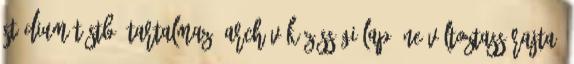
stádiumát stb. tartalmazó archív közösségi lap. Ne változtass rajta.